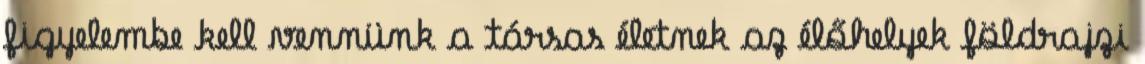
ﬁgyelembe kell vennünk a társas életnek az élőhelyek földrajzi